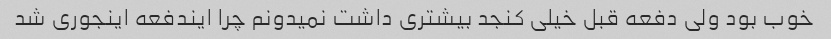
خوب بود ولی دفعه قبل خیلی کنجد بیشتری داشت نمیدونم چرا ایندفعه اینجوری شد